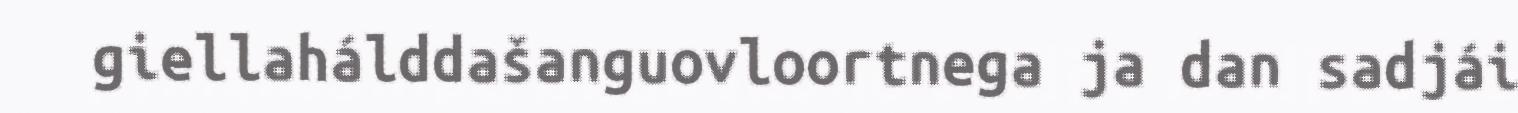
giellahálddašanguovloortnega ja dan sadjái